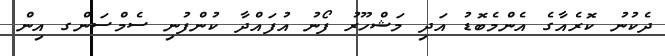
ދެކުނު ކޮރެއާގެ އެންމެބޮޑު އަދި މަޝްހޫރު ފޯނު އުފައްދާ ކުންފުނި ސެމްސަންގ އިން